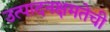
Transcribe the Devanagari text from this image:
उत्पादनक्षमतेची